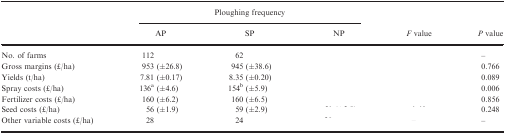
<table><thead><tr><td rowspan="2">[EMPTY_CELL]</td><td colspan="3"><b>Ploughing frequency</b></td><td rowspan="2"><b><i>F</i> value</b></td><td rowspan="2"><b><i>P</i> value</b></td></tr><tr><td><b>AP</b></td><td><b>SP</b></td><td><b>NP</b></td></tr></thead><tbody><tr><td>No. of farms</td><td>112</td><td>62</td><td>[EMPTY_CELL]</td><td>[EMPTY_CELL]</td><td>–</td></tr><tr><td>Gross margins (£/ha)</td><td>953 (±26.8)</td><td>945 (±38.6)</td><td>[EMPTY_CELL]</td><td>[EMPTY_CELL]</td><td>0.766</td></tr><tr><td>Yields (t/ha)</td><td>7.81 (±0.17)</td><td>8.35 (±0.20)</td><td>[EMPTY_CELL]</td><td>[EMPTY_CELL]</td><td>0.089</td></tr><tr><td>Spray costs (£/ha)</td><td>136<sup>a</sup> (±4.6)</td><td>154<sup>b</sup> (±5.9)</td><td>[EMPTY_CELL]</td><td>[EMPTY_CELL]</td><td>0.006</td></tr><tr><td>Fertilizer costs (£/ha)</td><td>160 (±6.2)</td><td>160 (±6.5)</td><td>[EMPTY_CELL]</td><td>[EMPTY_CELL]</td><td>0.856</td></tr><tr><td>Seed costs (£/ha)</td><td>56 (±1.9)</td><td>59 (±2.9)</td><td>[EMPTY_CELL]</td><td>[EMPTY_CELL]</td><td>0.248</td></tr><tr><td>Other variable costs (£/ha)</td><td>28</td><td>24</td><td>[EMPTY_CELL]</td><td>[EMPTY_CELL]</td><td>–</td></tr></tbody></table>